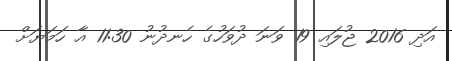
އަދި 2016 ޖުލައި 19 ވަނަ ދުވަހުގެ ހެނދުނު 11:30 އާ ހަމަޔަށް